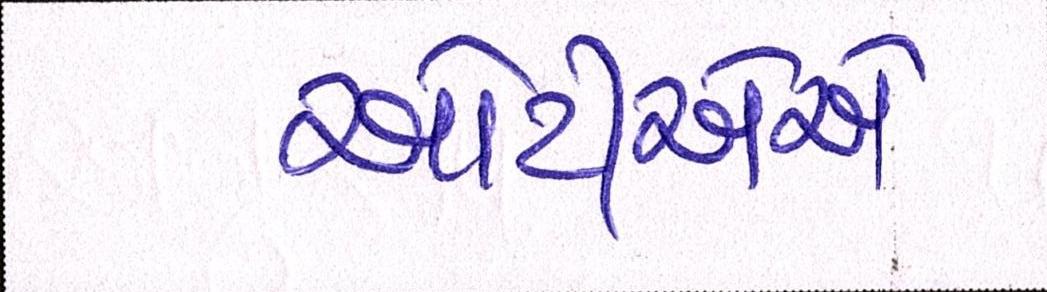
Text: ઓટીએએ